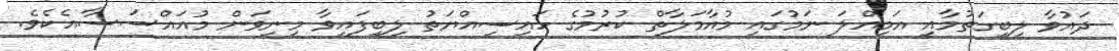
ދައުވާ ލިބިގަތުމާއި އަމިއްލަ ނަމުގައި މުއާމަލާތް ކުރުމުގެ ހައިސިއްޔަތު ލިބިފައިވާ މިނިވަން މުއައްސަސާއެކެވެ.